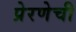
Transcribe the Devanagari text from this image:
प्रेरणेची